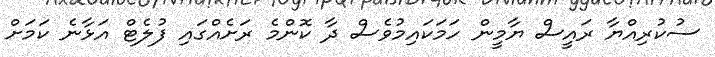
ސުކުރިއްޔާ ރައީސް ޔާމީން ހަމަކައިމުވެސް ދާ ކޮންމެ ރަށެއްގައި ފުލެޓް އަޅާނެ ކަމަށް